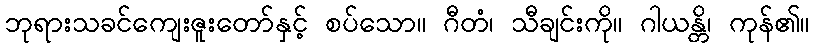
ဘုရားသခင်ကျေးဇူးတော်နှင့် စပ်သော။ ဂီတံ၊ သီချင်းကို။ ဂါယန္တိ၊ ကုန်၏။